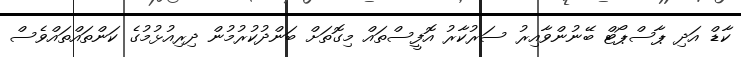
ކާޑް އަދި ޕާސްޕޯޓް ބޭނުންވާއިރު ސަރުކާރު އޮފީސްތައް މިގޮތަށް ބަންދުކުރުމުން ދިރިއުޅުމުގެ ކަންތައްތައްވެސް